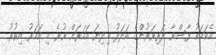
އެކަމަކު ފާސްވާ ދަރިވަރުންގެ އަދަދު މިދިޔަ އަހަރަށް ވުރެ މި އަހަރު އިތުރު